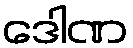
ဒေါဏ